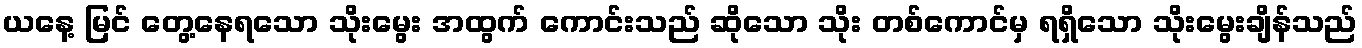
ယနေ့ မြင် တွေ့နေရသော သိုးမွေး အထွက် ကောင်းသည် ဆိုသော သိုး တစ်ကောင်မှ ရရှိသော သိုးမွေးချိန်သည်